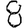
Digit: 8